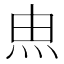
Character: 𰞅